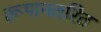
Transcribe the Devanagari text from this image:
रूपानतरित